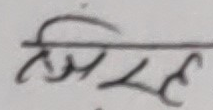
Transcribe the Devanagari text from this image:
दिल्पक